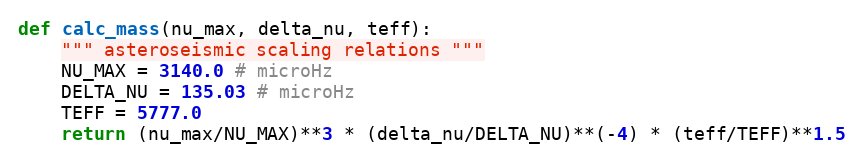
Language: Python
def calc_mass(nu_max, delta_nu, teff):
    """ asteroseismic scaling relations """
    NU_MAX = 3140.0 # microHz
    DELTA_NU = 135.03 # microHz
    TEFF = 5777.0
    return (nu_max/NU_MAX)**3 * (delta_nu/DELTA_NU)**(-4) * (teff/TEFF)**1.5